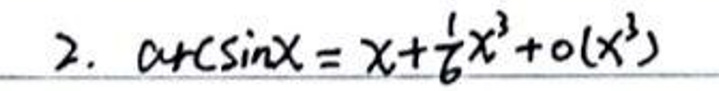
\[
\arcsin x = x + \frac{1}{6}x^3 + o(x^3)
\]